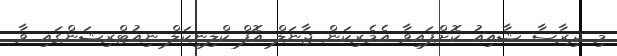
މި ދިރާސާ ޝާއިއު ކޮށްފައިވާ އެމެރިކަން ޖާނަލް އޮފް ކްލިނިކަލް ނިއުޓްރިޝަންގައި ވާ